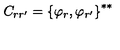
C _ { r r ^ { \prime } } = { \{ \varphi _ { r } , \varphi _ { r ^ { \prime } } \} } ^ { * * }